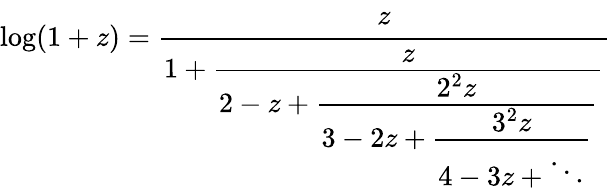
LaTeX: \log(1+z)={\cfrac{z}{1+{\cfrac{z}{2-z+{\cfrac{2^{2}z}{3-2z+{\cfrac{3^{2}z}{4-3z+\ddots}}}}}}}}